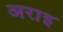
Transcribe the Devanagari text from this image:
अराइ